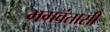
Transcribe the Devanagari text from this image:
भगवंतासी